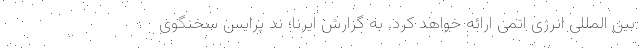
بین المللی انرژی اتمی ارائه خواهد کرد. به گزارش ایرنا؛ ند پرایس سخنگوی